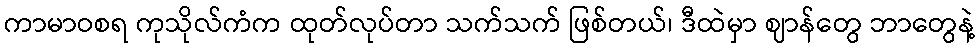
ကာမာဝစရ ကုသိုလ်ကံက ထုတ်လုပ်တာ သက်သက် ဖြစ်တယ်၊ ဒီထဲမှာ ဈာန်တွေ ဘာတွေနဲ့